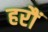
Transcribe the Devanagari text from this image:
हरौं